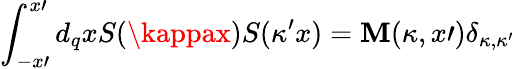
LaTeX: \int_{-x\prime}^{x\prime}d_{q}xS(\kappax)S(\kappa^{\prime}x)=\mathbf{M}(\kappa,x\prime)\delta_{\kappa,\kappa^{\prime}}